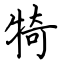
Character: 犄